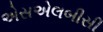
એસએલબીસી